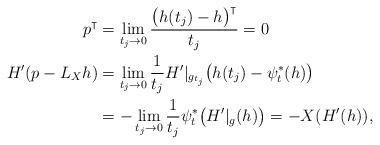
LaTeX: \begin{align*}p^\intercal &= \lim_{t_j\to 0}\frac{ \big(h(t_j)-h\big)^\intercal}{t_j} = 0\\H'(p-L_Xh)& =\lim_{t_j\to 0} \frac{1}{t_j} H'|_{g_{t_j} } \big( h(t_j)- \psi^*_t(h) \big)\\&=-\lim_{t_j\to 0} \frac{1}{t_j} \psi_t^*\big(H'|_{g}(h)\big)=-X(H'(h)),\end{align*}